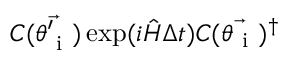
C ( \vec { \theta _ { \mathrm { ~ i ~ } } ^ { \prime } } ) \exp ( i \hat { H } \Delta t ) C ( \vec { \theta _ { \mathrm { ~ i ~ } } } ) ^ { \dagger }